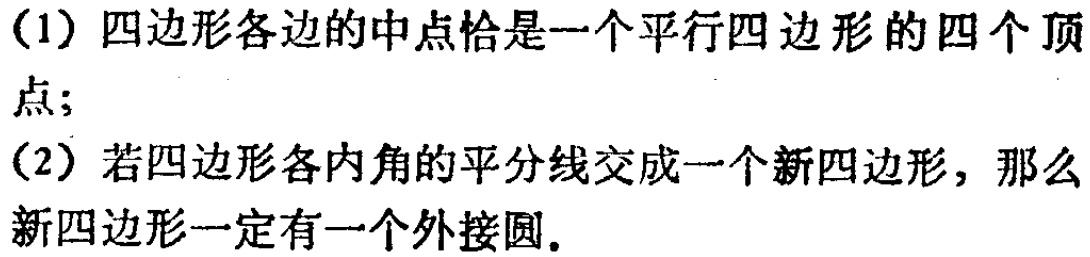
(1) 四边形各边的中点恰是一个平行四边形的四个顶点；

(2) 若四边形各内角的平分线交成一个新四边形，那么新四边形一定有一个外接圆.